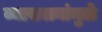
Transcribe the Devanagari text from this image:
व्याख्यानांमुळे